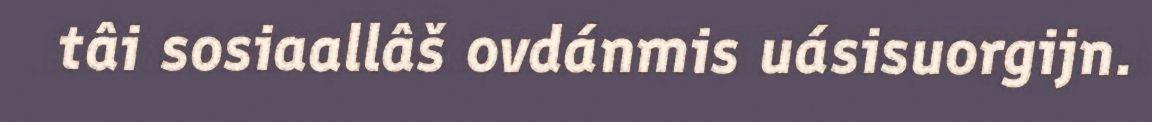
tâi sosiaallâš ovdánmis uásisuorgijn.